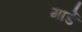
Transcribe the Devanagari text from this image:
गार्डे